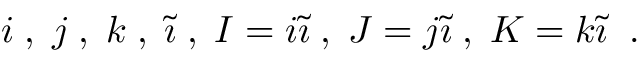
i \; , \; j \; , \; k \; , \; \tilde { \imath } \; , \; I = i \tilde { \imath } \; , \; J = j \tilde { \imath } \; , \; K = k \tilde { \imath } \; \; .